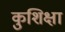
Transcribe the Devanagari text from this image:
कुशिक्षा